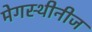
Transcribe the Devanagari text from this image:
मेगस्थीनीज